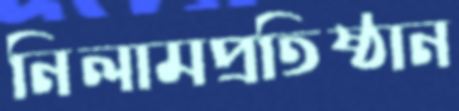
নিলামপ্রতিষ্ঠান